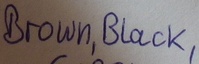
Text: Brown,Black,